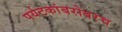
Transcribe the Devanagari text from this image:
पर्यटकांबरोबरच